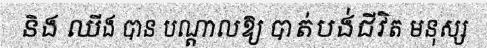
និង ឈីង បាន បណ្តាលឱ្យ បាត់បង់ជីវិត មនុស្ស